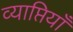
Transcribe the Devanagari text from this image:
व्याप्तियाँ